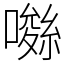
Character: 𡀚